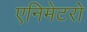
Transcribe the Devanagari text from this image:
एनिमेटरो